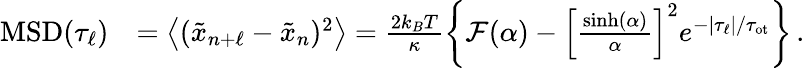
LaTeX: \begin{array}{rl}{\mathrm{MSD}(\tau_{\ell})}&{=\left\langle(\tilde{x}_{n+\ell}-\tilde{x}_{n})^{2}\right\rangle=\frac{2k_{B}T}{\kappa}\left\{ \mathcal{F}(\alpha)-\left[\frac{\sinh(\alpha)}{\alpha}\right]^{2}e^{-|\tau_{\ell}|/\tau_{\mathrm{ot}}}\right\} \, .}\end{array}